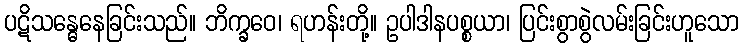
ပဋိသန္ဓေနေခြင်းသည်။ ဘိက္ခဝေ၊ ရဟန်းတို့။ ဥပါဒါနပစ္စယာ၊ ပြင်းစွာစွဲလမ်းခြင်းဟူသော